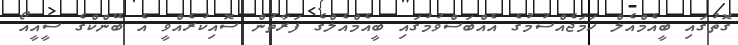
ގޮތުގައި ބީއެމްއެލް ހަމަޖެއްސުމުގެ އެއްބަސްވުމުގައި ބީއެމްއެލްގެ ފަރާތުން ސޮއިކުރެއްވީ އެ ބޭންކްގެ ސީއީއޯ